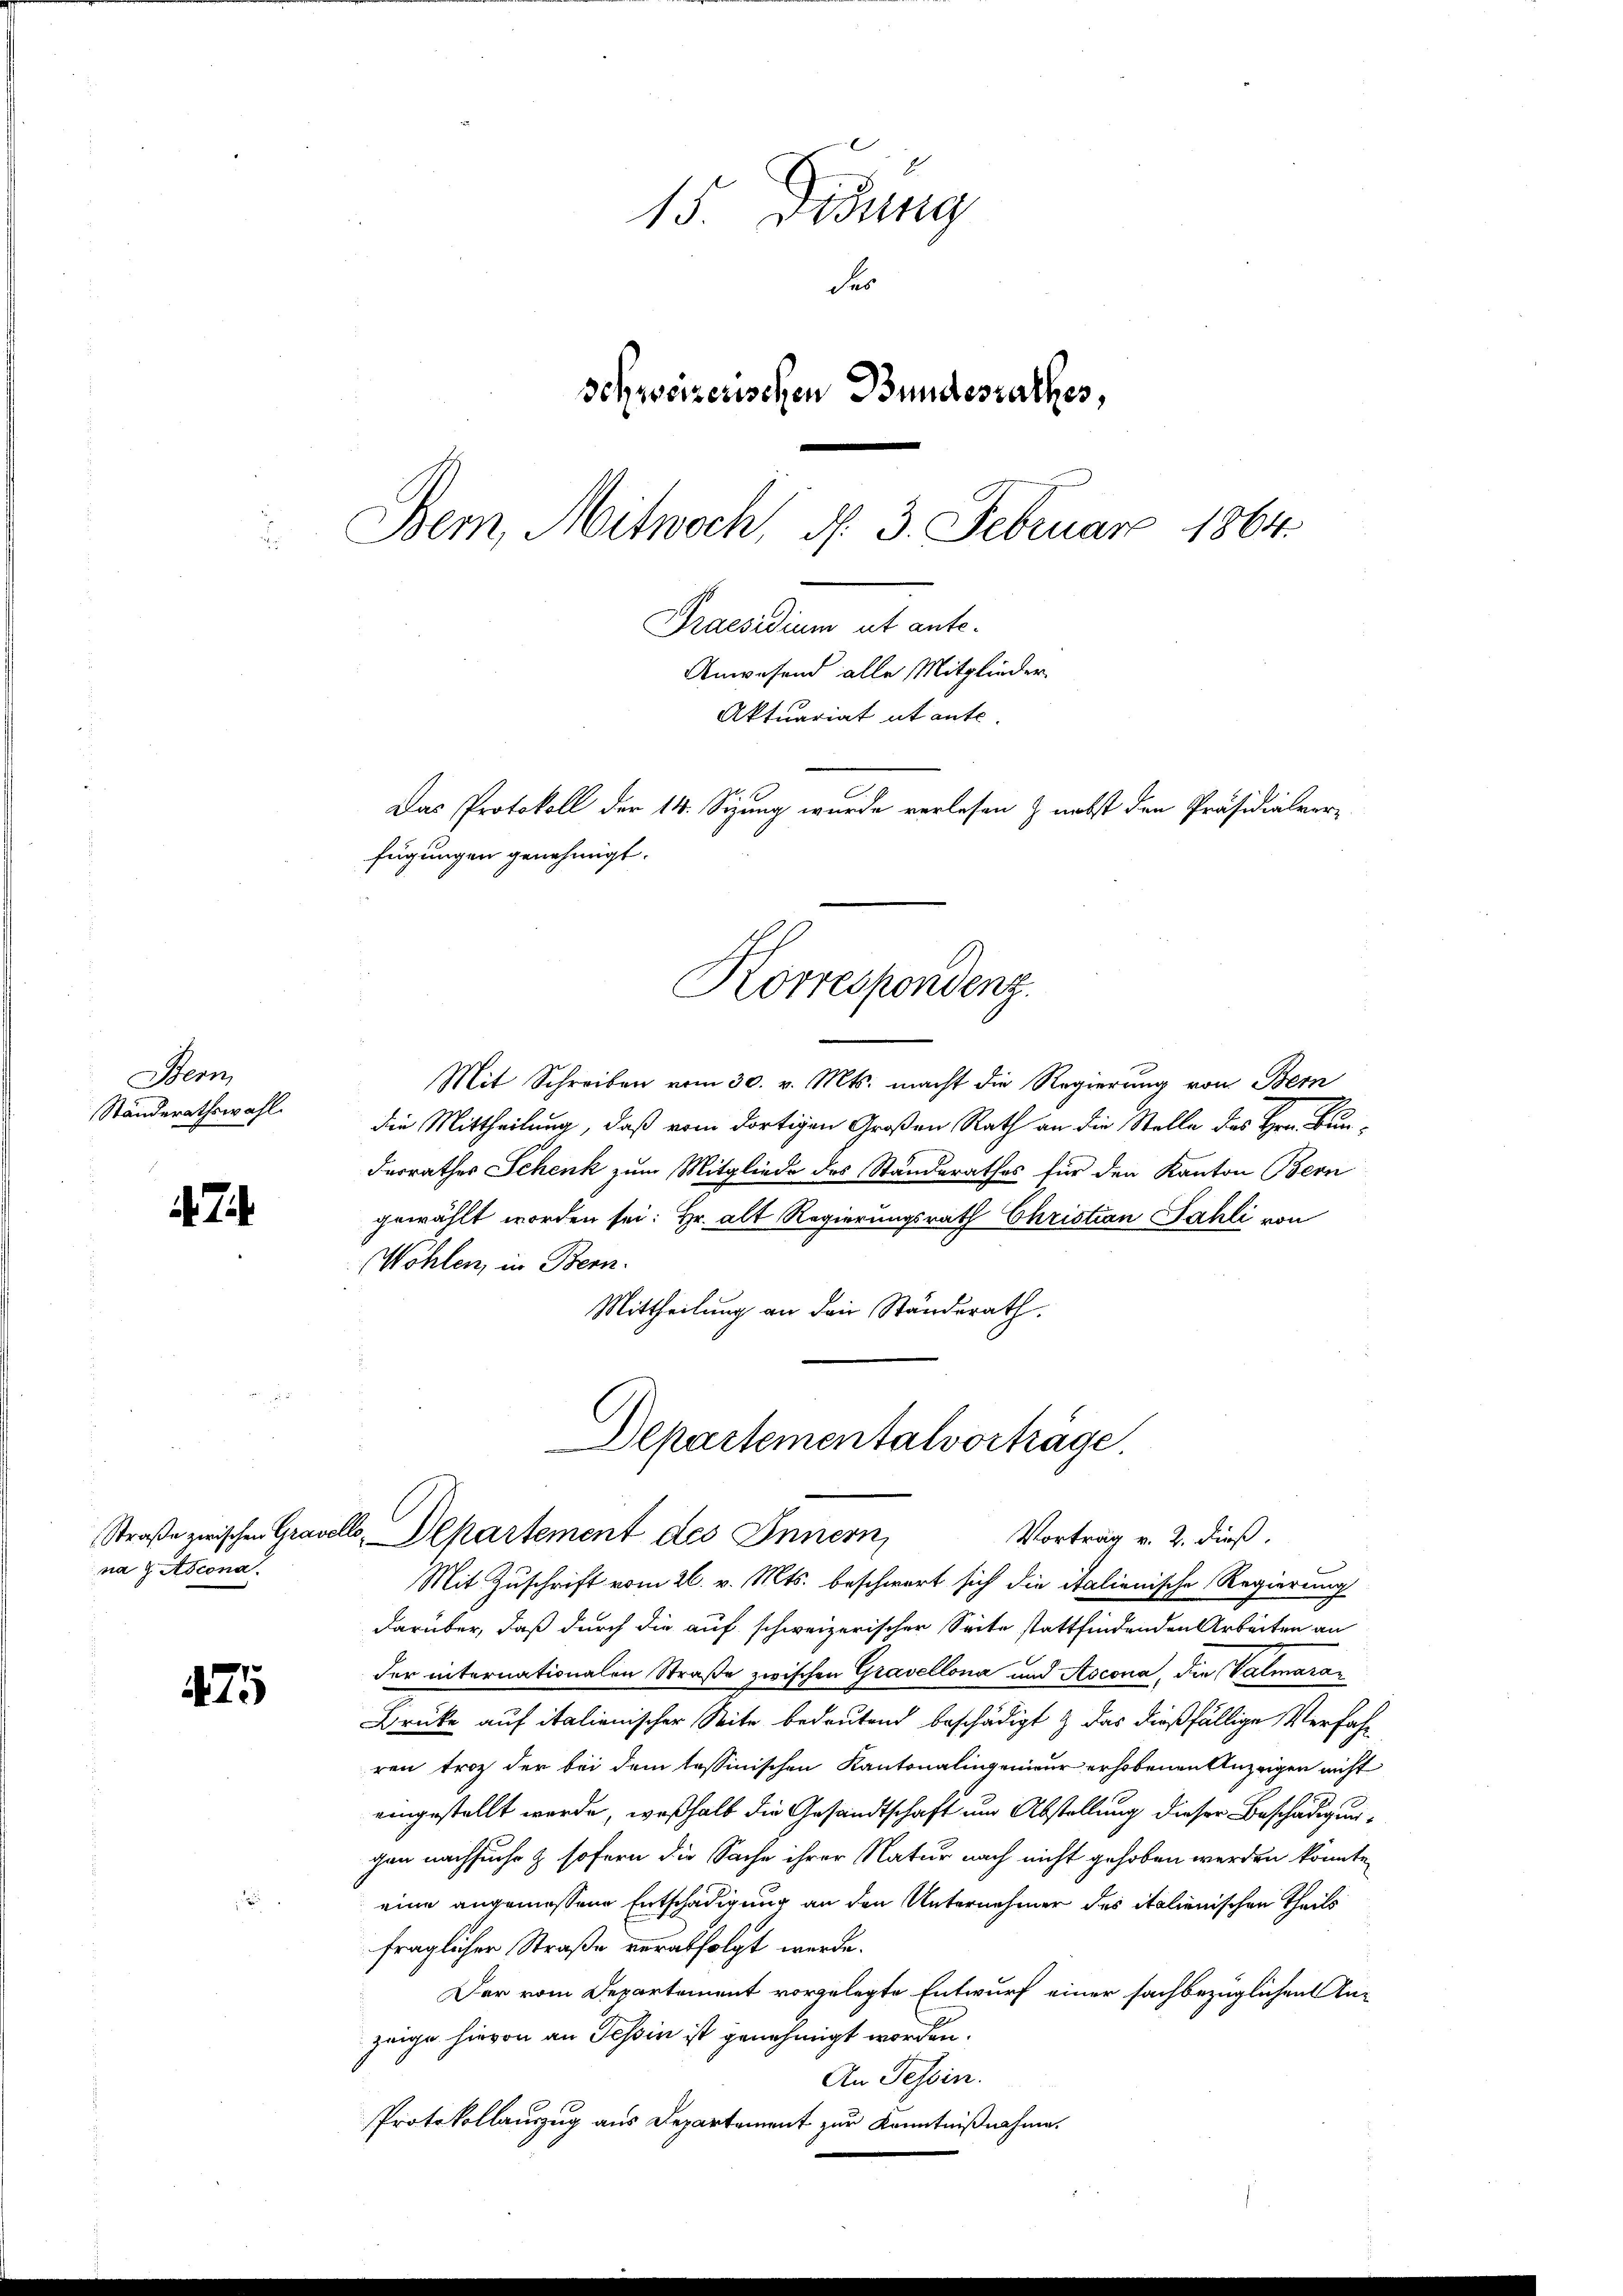
Bern

74

na u. Ascona

71

15. Didung
de
Schweizerischen Bundesrathes,
Bem, Mitwoch, d. 3. Februar 1864.
Praesidium ut ante-
Anwesend alle Mitglieder
Aktuariat utante.

Mit Schreiben vom 30. v. Mts. macht die Regierung von Bern
Standerathswahl die Mittheilung, daß vom dortigen Großen Rath an die Stelle des Hrn. Bundesrathes Schenk zum Mitgliede des Standerathes für den Kanton Bern
gewählt worden sei: Hr. alt Regierungsrath Christian Sahli von
Wohlen, in Bern.
Mittheilung an den Ständerath.

Mit Zuschrift vom 26. v. Mts. beschwert sich die italienische Regierung
darüber, daß durch die auf schweizerischer Seite stattfindenden Arbeiten an
der internationalen Straße zwischen Gravellona und Ascona, die Valmaran
Brücke auf italienischer Seite bedeutend beschädigt & das dießfällige Verfahren trotz der bei dem tessinischen Kantonalingenieur erhobenen Anzeigen nicht
eingestellt werde, weßhalb die Gesandtschaft um Abstellung dieser Beschädigungen nachsuche & sofern die Sache ihrer Natur nach nicht gehoben werden könnte,
eine angemessene Entschädigung an den Unternehmer des italienischen Theils
fraglicher Straße verabfolgt werde.
Der vom Departement vorgelegte Entwurf einer sachbezüglichen Anzeige hievon an Tessin ist genehmigt worden.
An Tessin.
Protokollauszug aus Departement zur Kenntnißnahme.

Das Protokoll der 14. Sizung wurde verlesen & nebst den Präsidialver-
fügungen genehmigt.
Korrespondenz.

Departementalvorträge.
Straße zwischen Gravello, Departement des Innern
Vortrag v. 2. dieß,